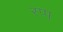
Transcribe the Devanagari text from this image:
रप्प